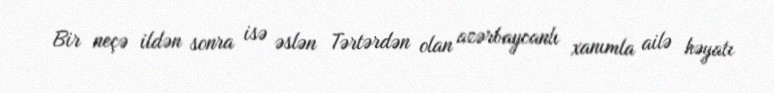
Bir neçə ildən sonra isə əslən Tərtərdən olan azərbaycanlı xanımla ailə həyatı